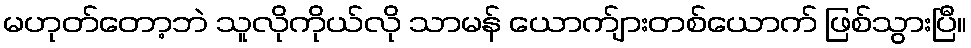
မဟုတ်တော့ဘဲ သူလိုကိုယ်လို သာမန် ယောက်ျားတစ်ယောက် ဖြစ်သွားပြီ။